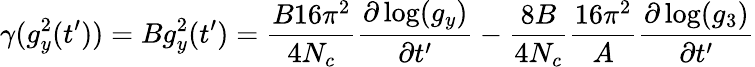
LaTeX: \gamma(g_{y}^{2}(t^{\prime}))=Bg_{y}^{2}(t^{\prime})=\frac{B16\pi^{2}}{4N_{c}}\frac{\partial\log(g_{y})}{\partial t^{\prime}}-\frac{8B}{4N_{c}}\frac{16\pi^{2}}{A}\frac{\partial\log(g_{3})}{\partial t^{\prime}}